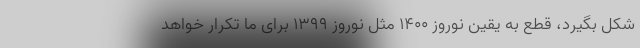
شکل بگیرد، قطع به یقین نوروز ۱۴۰۰ مثل نوروز ۱۳۹۹ برای ما تکرار خواهد